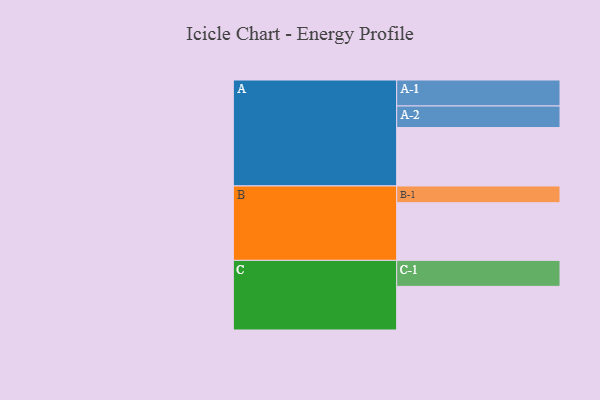
{"axis": {"x": "Segment", "y": "Value"}, "legend": ["", "A", "B", "C"], "data": [{"x": "A", "y": 463, "type": ""}, {"x": "B", "y": 457, "type": ""}, {"x": "C", "y": 346, "type": ""}, {"x": "A-1", "y": 206, "type": "A"}, {"x": "A-2", "y": 171, "type": "A"}, {"x": "B-1", "y": 133, "type": "B"}, {"x": "C-1", "y": 206, "type": "C"}]}